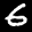
Label: 6